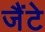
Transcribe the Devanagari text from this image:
जैंटे